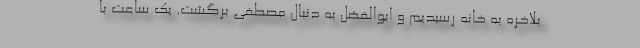
بلاخره به خانه رسیدیم و ابوالفضل به دنبال مصطفی برگشت. یک ساعت با